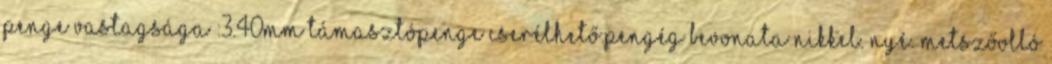
Penge vastagsága :3.40mm Támasztópenge cserélhető.Pengég bevonata nikkel. Nyé. Metszőolló